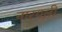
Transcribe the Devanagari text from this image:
नारयली